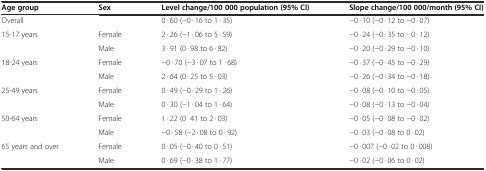
| Age group | Sex | Level change/100 000 population (95% CI) | Slope change/100 000/month (95% CI) |
 | --- | --- | --- | --- |
 | Overall |  | 0 · 60 (−0 · 16 to 1 · 35) | −0 · 10 (−0 · 12 to −0 · 07) |
 | <ROWSPAN=2> 15-17 years | Female | 2 · 26 (−1 · 06 to 5 · 59) | −0 · 24 (−0 · 35 to - 0 · 12) |
 | Male | 3 · 91 (0 · 98 to 6 · 82) | −0 · 20 (−0 · 29 to −0 · 10) |
 | <ROWSPAN=2> 18-24 years | Female | −0 · 70 (−3 · 07 to 1 · 68) | −0 · 37 (−0 · 45 to −0 · 29) |
 | Male | 2 · 64 (0 · 25 to 5 · 03) | −0 · 26 (−0 · 34 to −0 · 18) |
 | <ROWSPAN=2> 25-49 years | Female | 0 · 49 (−0 · 29 to 1 · 26) | −0 · 08 (−0 · 10 to −0 · 05) |
 | Male | 0 · 30 (−1 · 04 to 1 · 64) | −0 · 08 (−0 · 13 to −0 · 04) |
 | <ROWSPAN=2> 50-64 years | Female | 1 · 22 (0 · 41 to 2 · 03) | −0 · 05 (−0 · 08 to −0 · 02) |
 | Male | −0 · 58 (−2 · 08 to 0 · 92) | −0 · 03 (−0 · 08 to 0 · 02) |
 | <ROWSPAN=2> 65 years and over | Female | 0 · 05 (−0 · 40 to 0 · 51) | −0 · 007 (−0 · 02 to 0 · 008) |
 | Male | 0 · 69 (−0 · 38 to 1 · 77) | −0 · 02 (−0 · 06 to 0 · 02) |